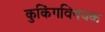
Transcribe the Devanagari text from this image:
कुकिंगविषयक